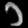
Digit: ၁